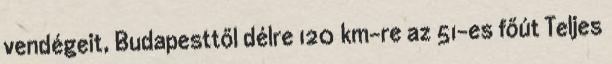
vendégeit, Budapesttől délre 120 km-re az 51-es főút Teljes